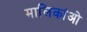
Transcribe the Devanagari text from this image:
मालिकांओ